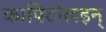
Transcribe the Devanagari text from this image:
कापिटोलइन्